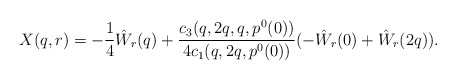
\begin{align*}X(q,r) = -\frac 14 \hat W_r(q) + \frac{c_3(q,2q,q,p^0(0))}{4c_1(q,2q,p^0(0))}(-\hat W_r(0)+\hat W_r(2q)).\end{align*}